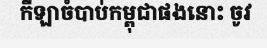
កីឡាចំបាប់កម្ពុជាផងនោះ ចូវ